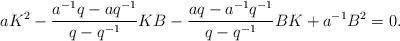
LaTeX: \begin{align*}& aK^2 - \frac{a^{-1} q - a q^{-1}}{q-q^{-1}} K B - \frac{a q - a^{-1} q^{-1}}{q-q^{-1}} BK + a^{-1} B^2 = 0.\end{align*}